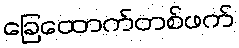
ခြေထောက်တစ်ဖက်